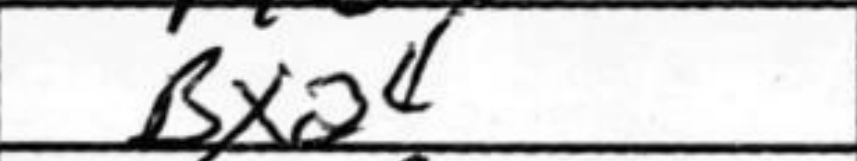
Transcription: Bxa4